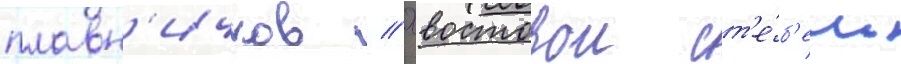
плавн'ичков // Хвостовои ст'е́б'ель